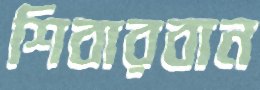
শিবারবান